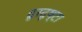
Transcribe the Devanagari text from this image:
दूरदृष्टा